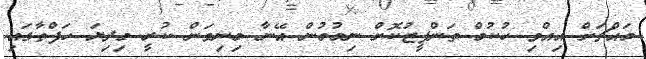
މައްޗަށް އިއްވި ހުކުމް ތަންފީޒުކޮށް ނިމުމުން އޭނާ މިނިވަން ކުރީ މިދިޔަ ހަފްތާގައި